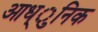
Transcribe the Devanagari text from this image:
आध्ुनिक